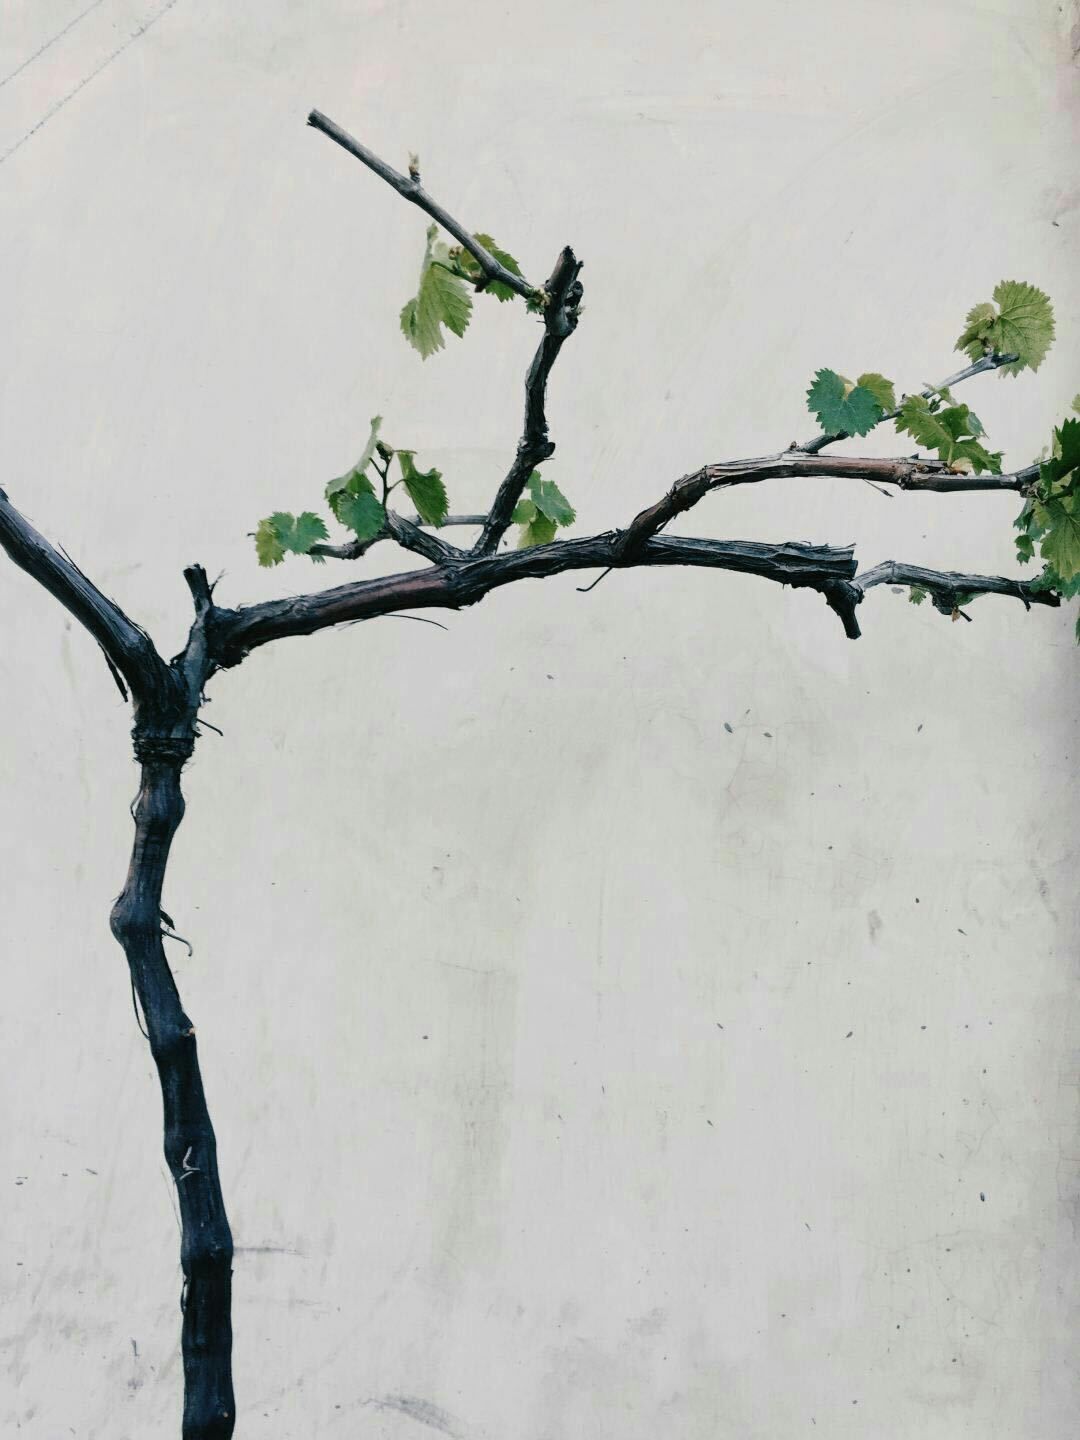
绿叶翠茎，冒霜停雪。